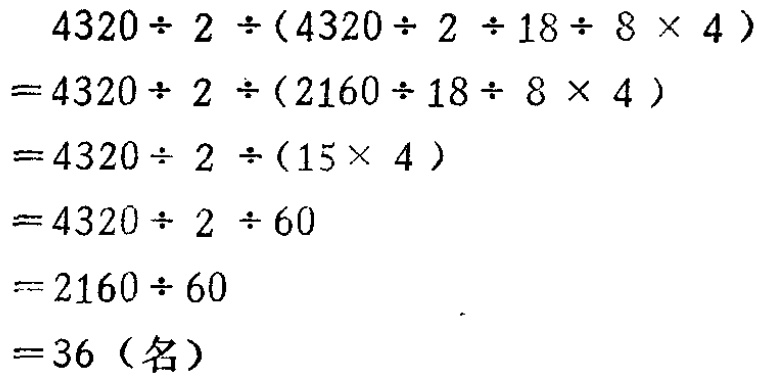
\[
\begin{align*}
&4320\div 2\div(4320\div 2\div 18\div 8\times 4)\\
=&4320\div 2\div(2160\div 18\div 8\times 4)\\
=&4320\div 2\div(15\times 4)\\
=&4320\div 2\div 60\\
=&2160\div 60\\
=&36（名）
\end{align*}
\]